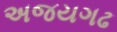
અજયગઢ